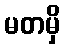
မတမှိ